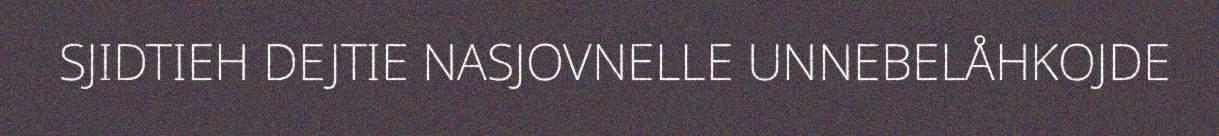
SJIDTIEH DEJTIE NASJOVNELLE UNNEBELÅHKOJDE